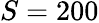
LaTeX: S=200